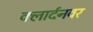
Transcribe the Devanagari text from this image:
क्लार्दनवर